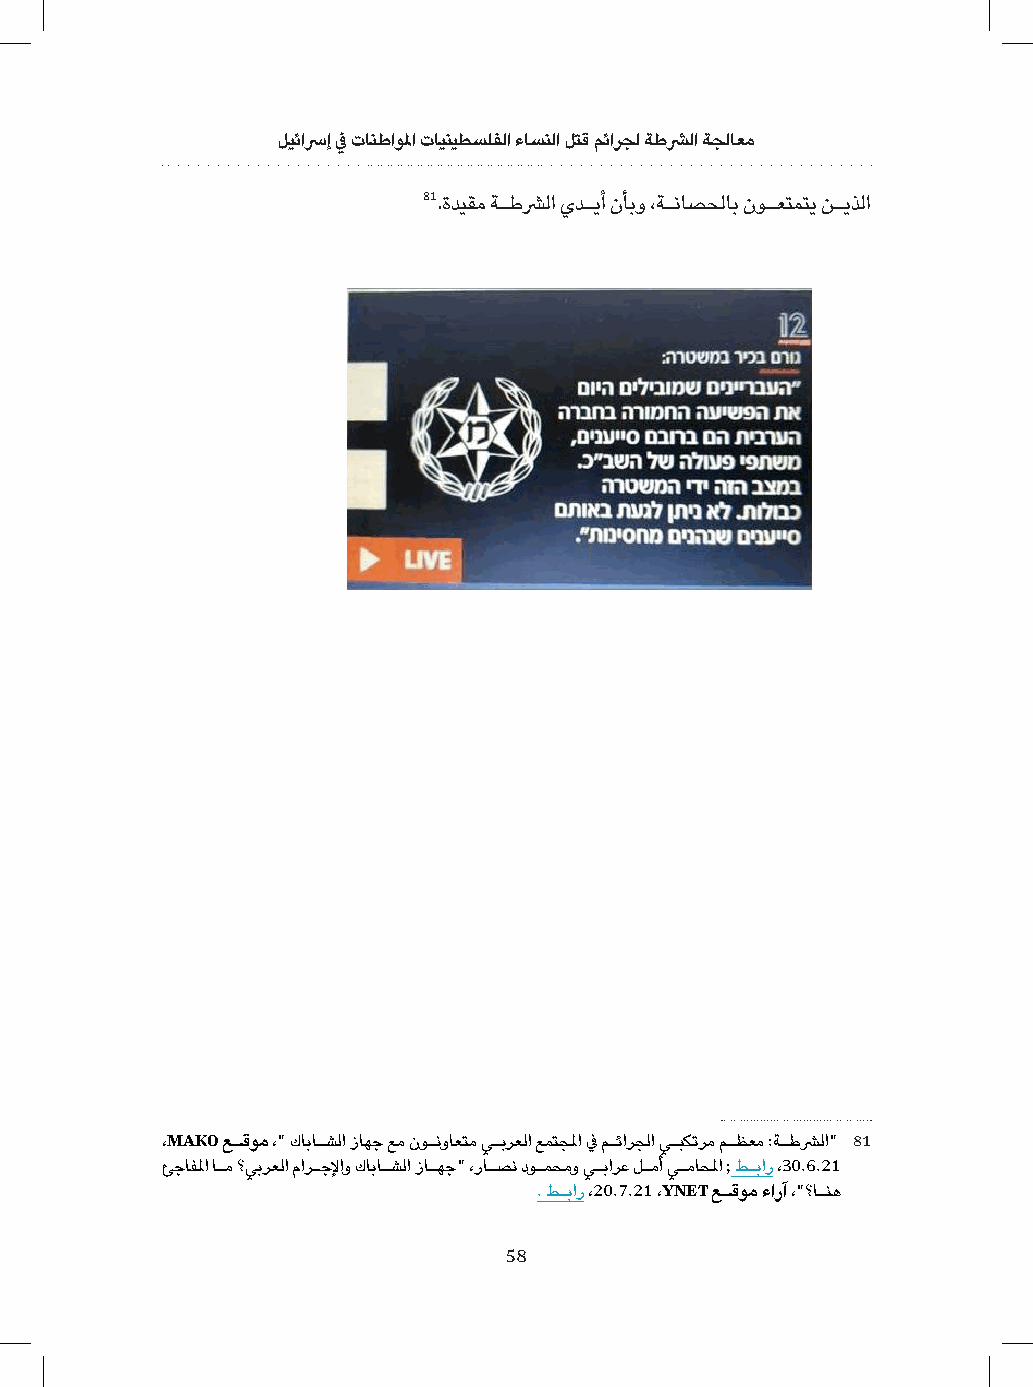
ليئاسرإ في تانطاولما تاينيطسلفلا ءاسنلا لتق مئارجل ةطشرلا ةجلاعم
 81.ةديقم ةـطشرلا يدـيأ نأبو ،ةـناصحلاب نوـعتمتي نـيذلا
 ،MAKO عـقوم ،" كاباـشلا زاهج عم نوـنواعتم يـبرعلا عمتجلما في مـئارجلا يـبكترم مـظعم :ةـطشرلا" 81
 ئجافلما اـم ؟يبرعلا مارـجلإاو كاباـشلا زاـهج" ،راـصن دوـمحمو يـبارع لـمأ يـماحلما ; طـبار ،30.6.21
 . طـبار ،20.7.21 ،YNET عـقوم ءارآ ،"؟اـنه
 58